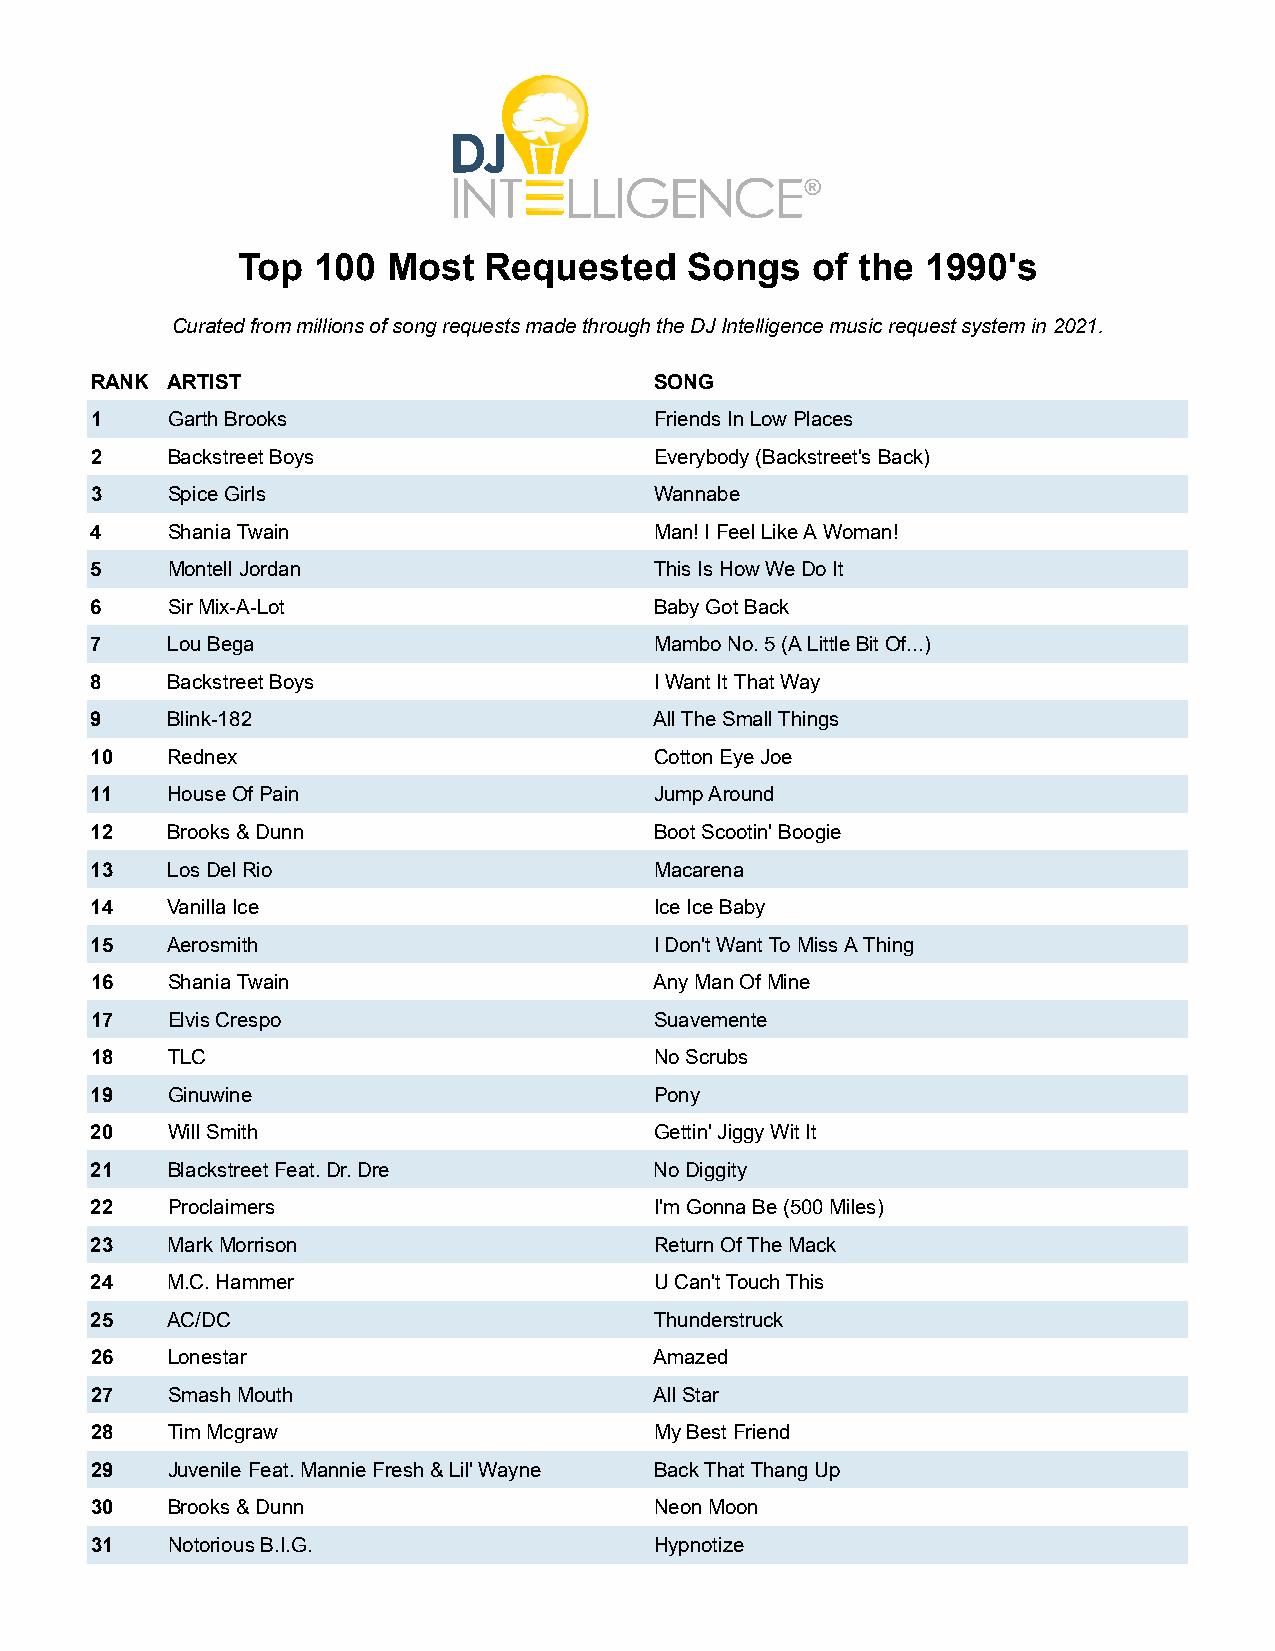
Top  100  Most  Requested    Songs    of the 1990's
 Curated from millions of song requests made through the DJ Intelligence music request system in 2021.
 RANK ARTIST                          SONG
 1    Garth Brooks                    Friends In Low Places
 2    Backstreet Boys                 Everybody (Backstreet's Back)
 3    Spice Girls                     Wannabe
 4    Shania Twain                    Man! I Feel Like A Woman!
 5    Montell Jordan                  This Is How We Do It
 6    Sir Mix-A-Lot                   Baby Got Back
 7    Lou Bega                        Mambo No. 5 (A Little Bit Of...)
 8    Backstreet Boys                 I Want It That Way
 9    Blink-182                       All The Small Things
 10   Rednex                          Cotton Eye Joe
 11   House Of Pain                   Jump Around
 12   Brooks & Dunn                   Boot Scootin' Boogie
 13   Los Del Rio                     Macarena
 14   Vanilla Ice                     Ice Ice Baby
 15   Aerosmith                       I Don't Want To Miss A Thing
 16   Shania Twain                    Any Man Of Mine
 17   Elvis Crespo                    Suavemente
 18   TLC                             No Scrubs
 19   Ginuwine                        Pony
 20   Will Smith                      Gettin' Jiggy Wit It
 21   Blackstreet Feat. Dr. Dre       No Diggity
 22   Proclaimers                     I'm Gonna Be (500 Miles)
 23   Mark Morrison                   Return Of The Mack
 24   M.C. Hammer                     U Can't Touch This
 25   AC/DC                           Thunderstruck
 26   Lonestar                        Amazed
 27   Smash Mouth                     All Star
 28   Tim Mcgraw                      My Best Friend
 29   Juvenile Feat. Mannie Fresh & Lil' Wayne Back That Thang Up
 30   Brooks & Dunn                   Neon Moon
 31   Notorious B.I.G.                Hypnotize